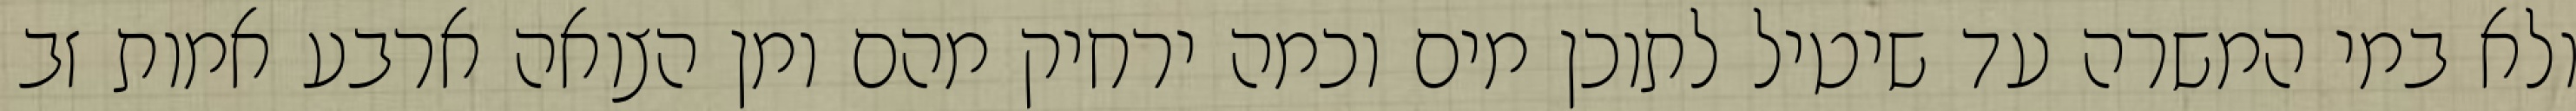
ולא במי המשרה עד שיטיל לתוכן מים וכמה ירחיק מהם ומן הצואה ארבע אמות זב